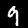
Label: 9